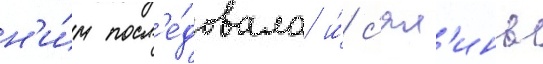
н'и́м посл'е́довала и́ с'ял'инь